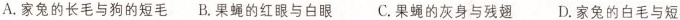
A.家兔的长毛与狗的短毛 B.果蝇的红眼与白眼C.果蝇的灰身与残翅